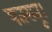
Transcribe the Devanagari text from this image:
पतरातू।